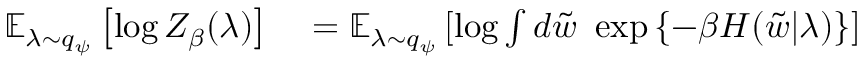
\begin{array} { r l } { \operatorname { \mathbb { E } } _ { \lambda \sim q _ { \psi } } \left[ \log Z _ { \beta } ( \lambda ) \right] } & { { } = \operatorname { \mathbb { E } } _ { \lambda \sim q _ { \psi } } \left[ \log \int d \Tilde { w } \ \exp \left\{ - \beta H ( \Tilde { w } | \lambda ) \right\} \right] } \end{array}